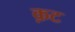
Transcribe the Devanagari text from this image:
क़ट